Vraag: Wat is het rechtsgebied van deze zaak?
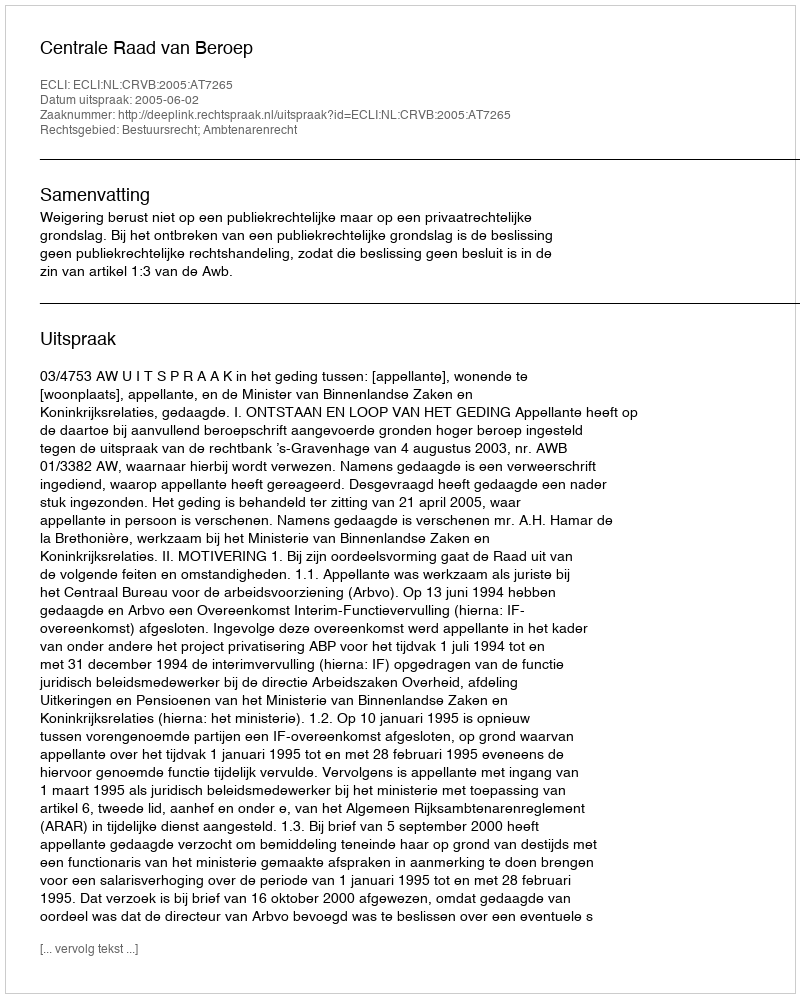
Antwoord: Bestuursrecht; Ambtenarenrecht